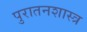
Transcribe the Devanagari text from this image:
पुरातनशास्त्र